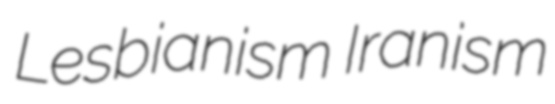
Lesbianism Iranism